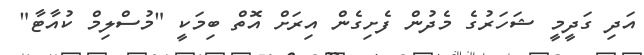
އަދި ގަދީމީ ޝަހަރުގެ މެދުން ފެށިގެން އިރަށް އޮތް ބިމަކީ "މުސްލިމް ކުއާޓާ"